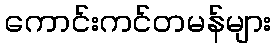
ကောင်းကင်တမန်များ